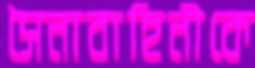
সৈনাবাহিনীকে